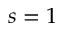
s = 1